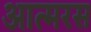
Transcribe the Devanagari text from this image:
आत्मरस